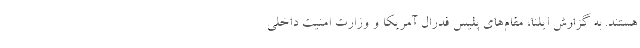
هستند. به گزارش ایلنا، مقام‌های پلیس فدرال آمریکا و وزارت امنیت داخلی